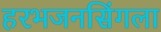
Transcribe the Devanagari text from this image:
हरभजनसिंगला